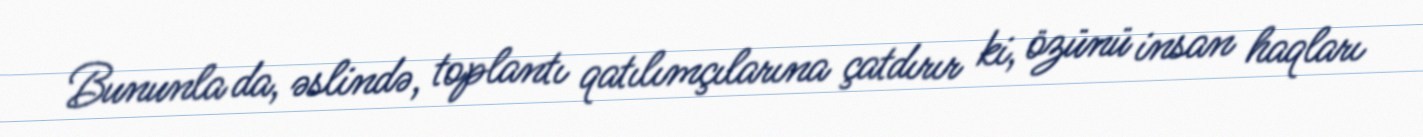
Bununla da, əslində, toplantı qatılımçılarına çatdırır ki, özünü insan haqları